Leaving Certificate Examination, 1923
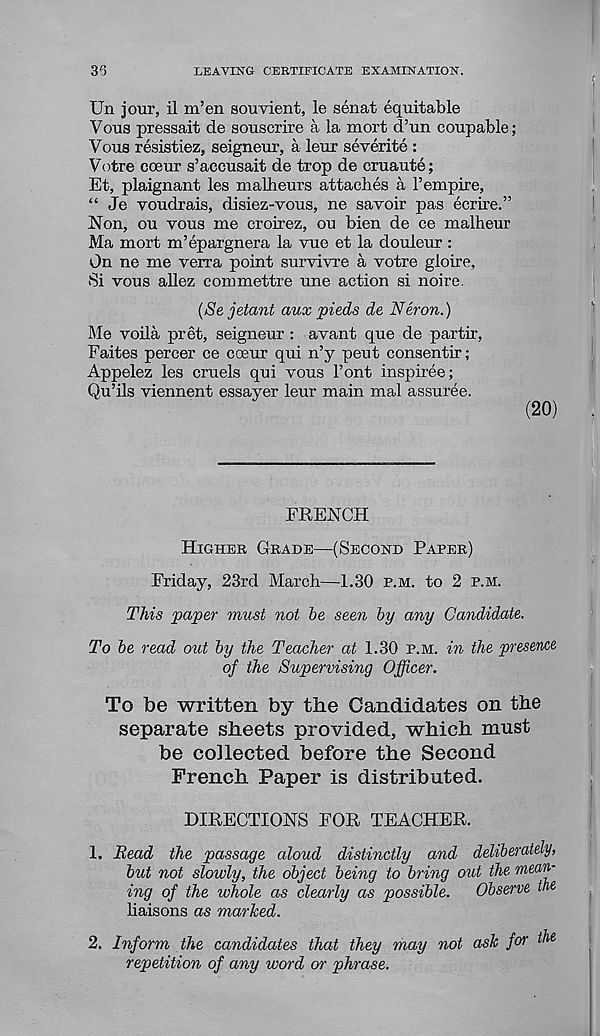
35
LEAVING CERTIFICATE EXAMINATION.
Un jour, il m’en souvient, le senat equitable
Vous pressait de souscrire a la mort d’un coupable;
Vous resistiez, seigneur, a leur severite :
Votre coeur s’accusait de trop de cruaute;
Et, plaignant les malbeurs attaches a 1’empire,
“ Je voudrais, disiez-vous, ne savoir pas ecrire.”
Non, ou vous me croirez, ou bien de ce malheur
Ma mort m’epargnera la vue et la douleur:
On ne me verra point survivre a votre gloire,
Si vous allez commettre une action si noire.
{Se jslant aux pieds de Neron.)
Me voila pret, seigneur: avant que de partir,
Faites percer ce coeur qui n’y peut consentir;
Appelez les cruels qui vous Font inspiree;
Qu’ils viennent essayer leur main mal assuree.
(20)
FRENCH
Higher Grade—(Second Paper)
Friday, 23rd March—1.30 p.m. to 2 p.m.
This paper must not be seen by any Candidate.
To be read out by the Teacher at 1.30 p.m. in the presence
of the Supervising Officer.
To be written by the Candidates on the
separate sheets provided, which must
be collected before the Second
French Paper is distributed.
DIRECTIONS FOR TEACHER.
1. Read the passage aloud distinctly and deliberately,
but not slowly, the object being to bring out the, mean-
ing of the whole as dearly as possible.
Observe the
haisons as marked.
2. Inform the candidates that they may not ask for the
repetition of any word or phrase.